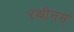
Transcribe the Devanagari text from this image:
रथीनम्